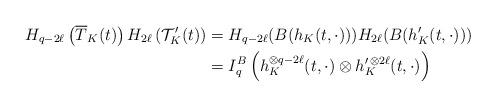
LaTeX: \begin{align*}H_{q-2\ell}\left(\overline{T}_K(t)\right)H_{2\ell}\left(\mathcal {T}^{\prime}_K(t)\right)&=H_{q-2\ell}(B(h_K(t,\cdot)))H_{2\ell}(B(h^\prime_K(t,\cdot)))\\&=I^B_q\left(h^{\otimes q-2\ell}_K(t,\cdot)\otimes h^{\prime\,\otimes 2\ell}_K(t,\cdot)\right)\end{align*}